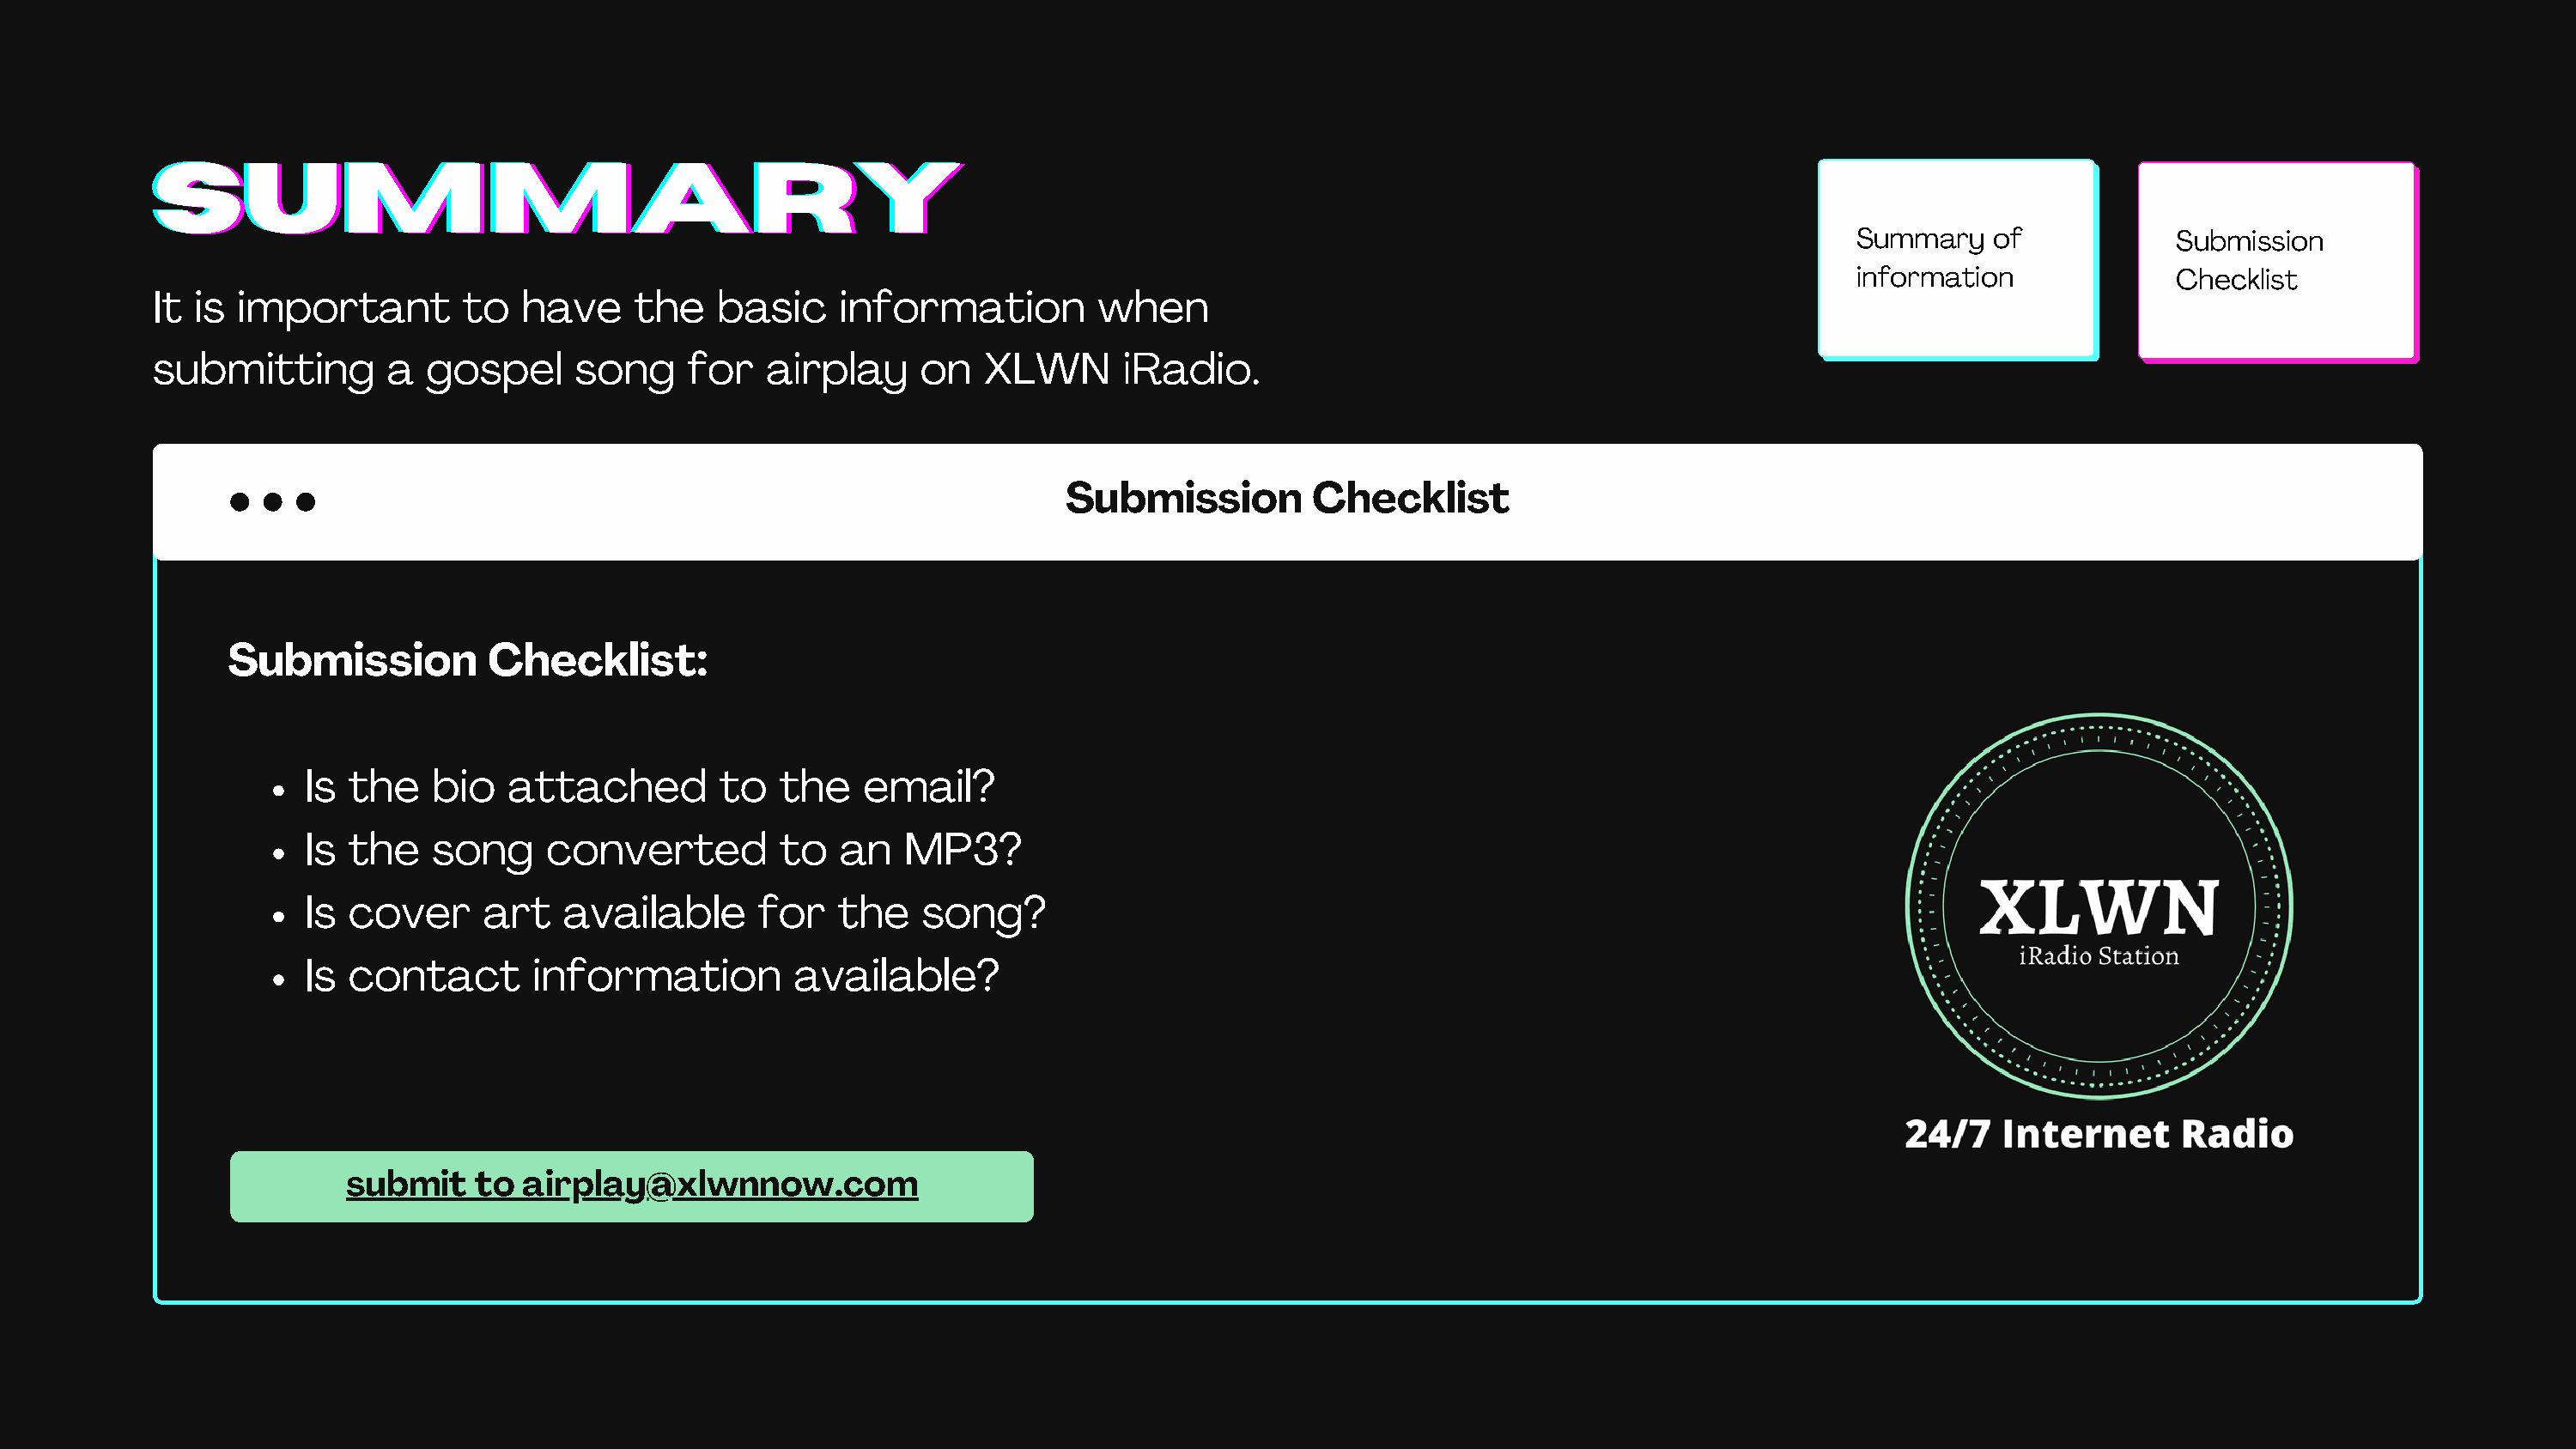
SSSUUUMMMMMMAAARRRYYY
 Summary    of            Submission
 information              Checklist
 It is important         to  have     the   basic     information         when
 submitting        a  gospel     song     for   airplay     on   XLWN       iRadio.
 Submission         Checklist
 Submission          Checklist:
 Is  the   bio   attached        to   the    email?
 Is  the   song     converted         to   an   MP3?
 Is  cover     art   available      for    the   song?
 Is  contact       information         available?
 submit    to airplay@xlwnnow.com